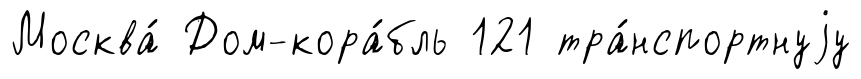
Москва́ Дом-кора́бль 121 тра́нспортнуjу